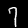
Label: 7